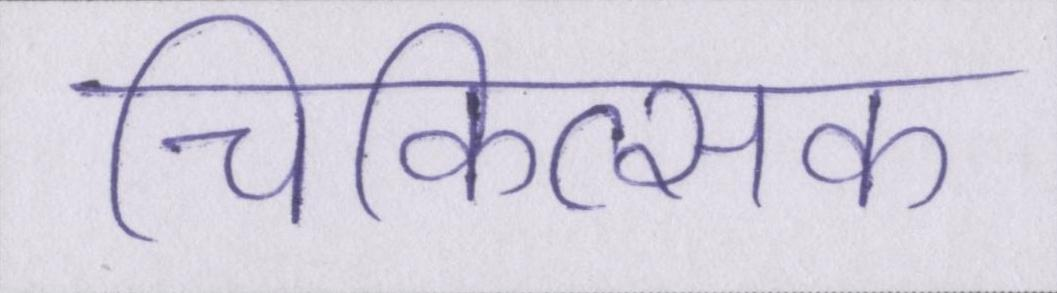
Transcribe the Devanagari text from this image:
चिकित्सक